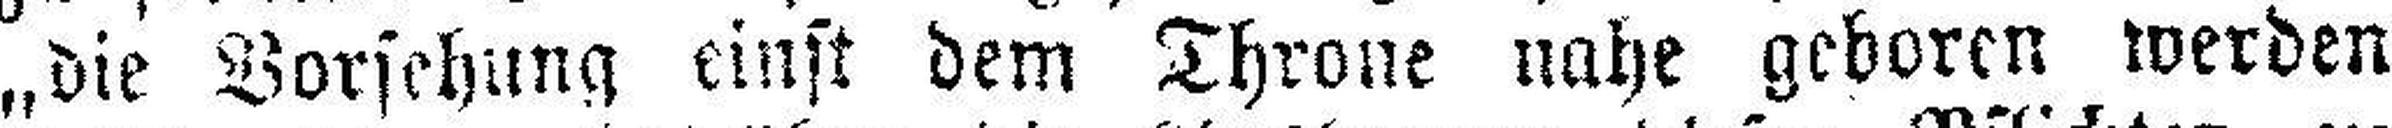
„die Vorsehung einst dem Throne nahe geboren werden